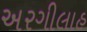
અરગીલાહ